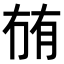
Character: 𭁬